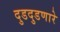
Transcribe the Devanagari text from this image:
दुडदुडणारे